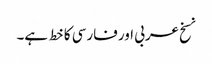
نسخ عربی اور فارسی کا خط ہے۔